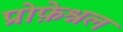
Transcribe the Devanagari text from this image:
प्रोफ़ेश्नल